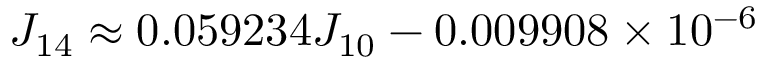
J _ { 1 4 } \approx 0 . 0 5 9 2 3 4 J _ { 1 0 } - 0 . 0 0 9 9 0 8 \times 1 0 ^ { - 6 }